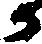
か